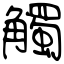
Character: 觸